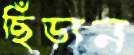
ছিঁড়ান